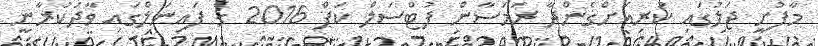
މާފުށީ ޖަލުގައި ކުރިއަށްގެންދާ ރަމަޟާން ފުޓްސަލް ކަޕް 2016 ގެ ފައިނަލްގައި ވާދަކުރާނީ